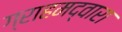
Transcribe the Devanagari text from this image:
ग्राहमद्वारा